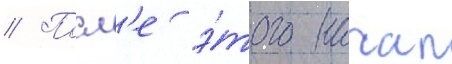
// Посл'е э́того начал